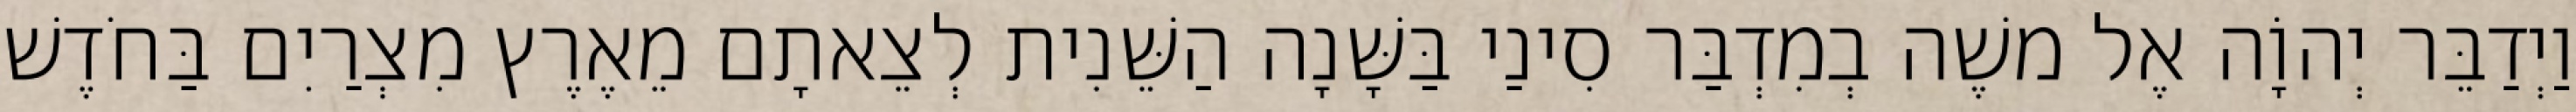
וַיְדַבֵּר יְהוָֹה אֶל משֶׁה בְמִדְבַּר סִינַי בַּשָּׁנָה הַשֵּׁנִית לְצֵאתָם מֵאֶרֶץ מִצְרַיִם בַּחֹדֶשׁ